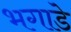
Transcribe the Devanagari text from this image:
भगाडे